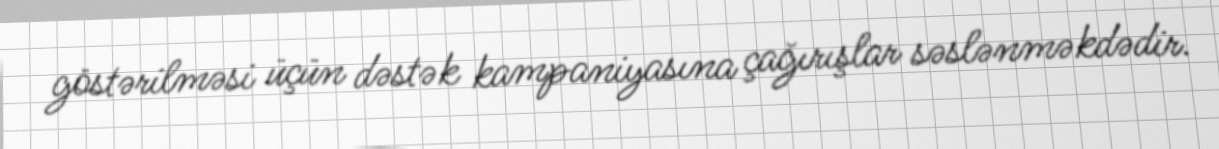
göstərilməsi üçün dəstək kampaniyasına çağırışlar səslənməkdədir.